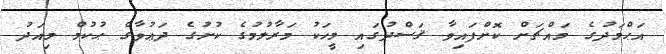
އަޙްމަދުގެ މައްޗަށް ކޮށްފައިވާ ޤަސްދުގައި މީހަކު މަރާލުމުގެ ކުށުގެ ދަޢުވާގެ ޙުކުމް މިއަދު